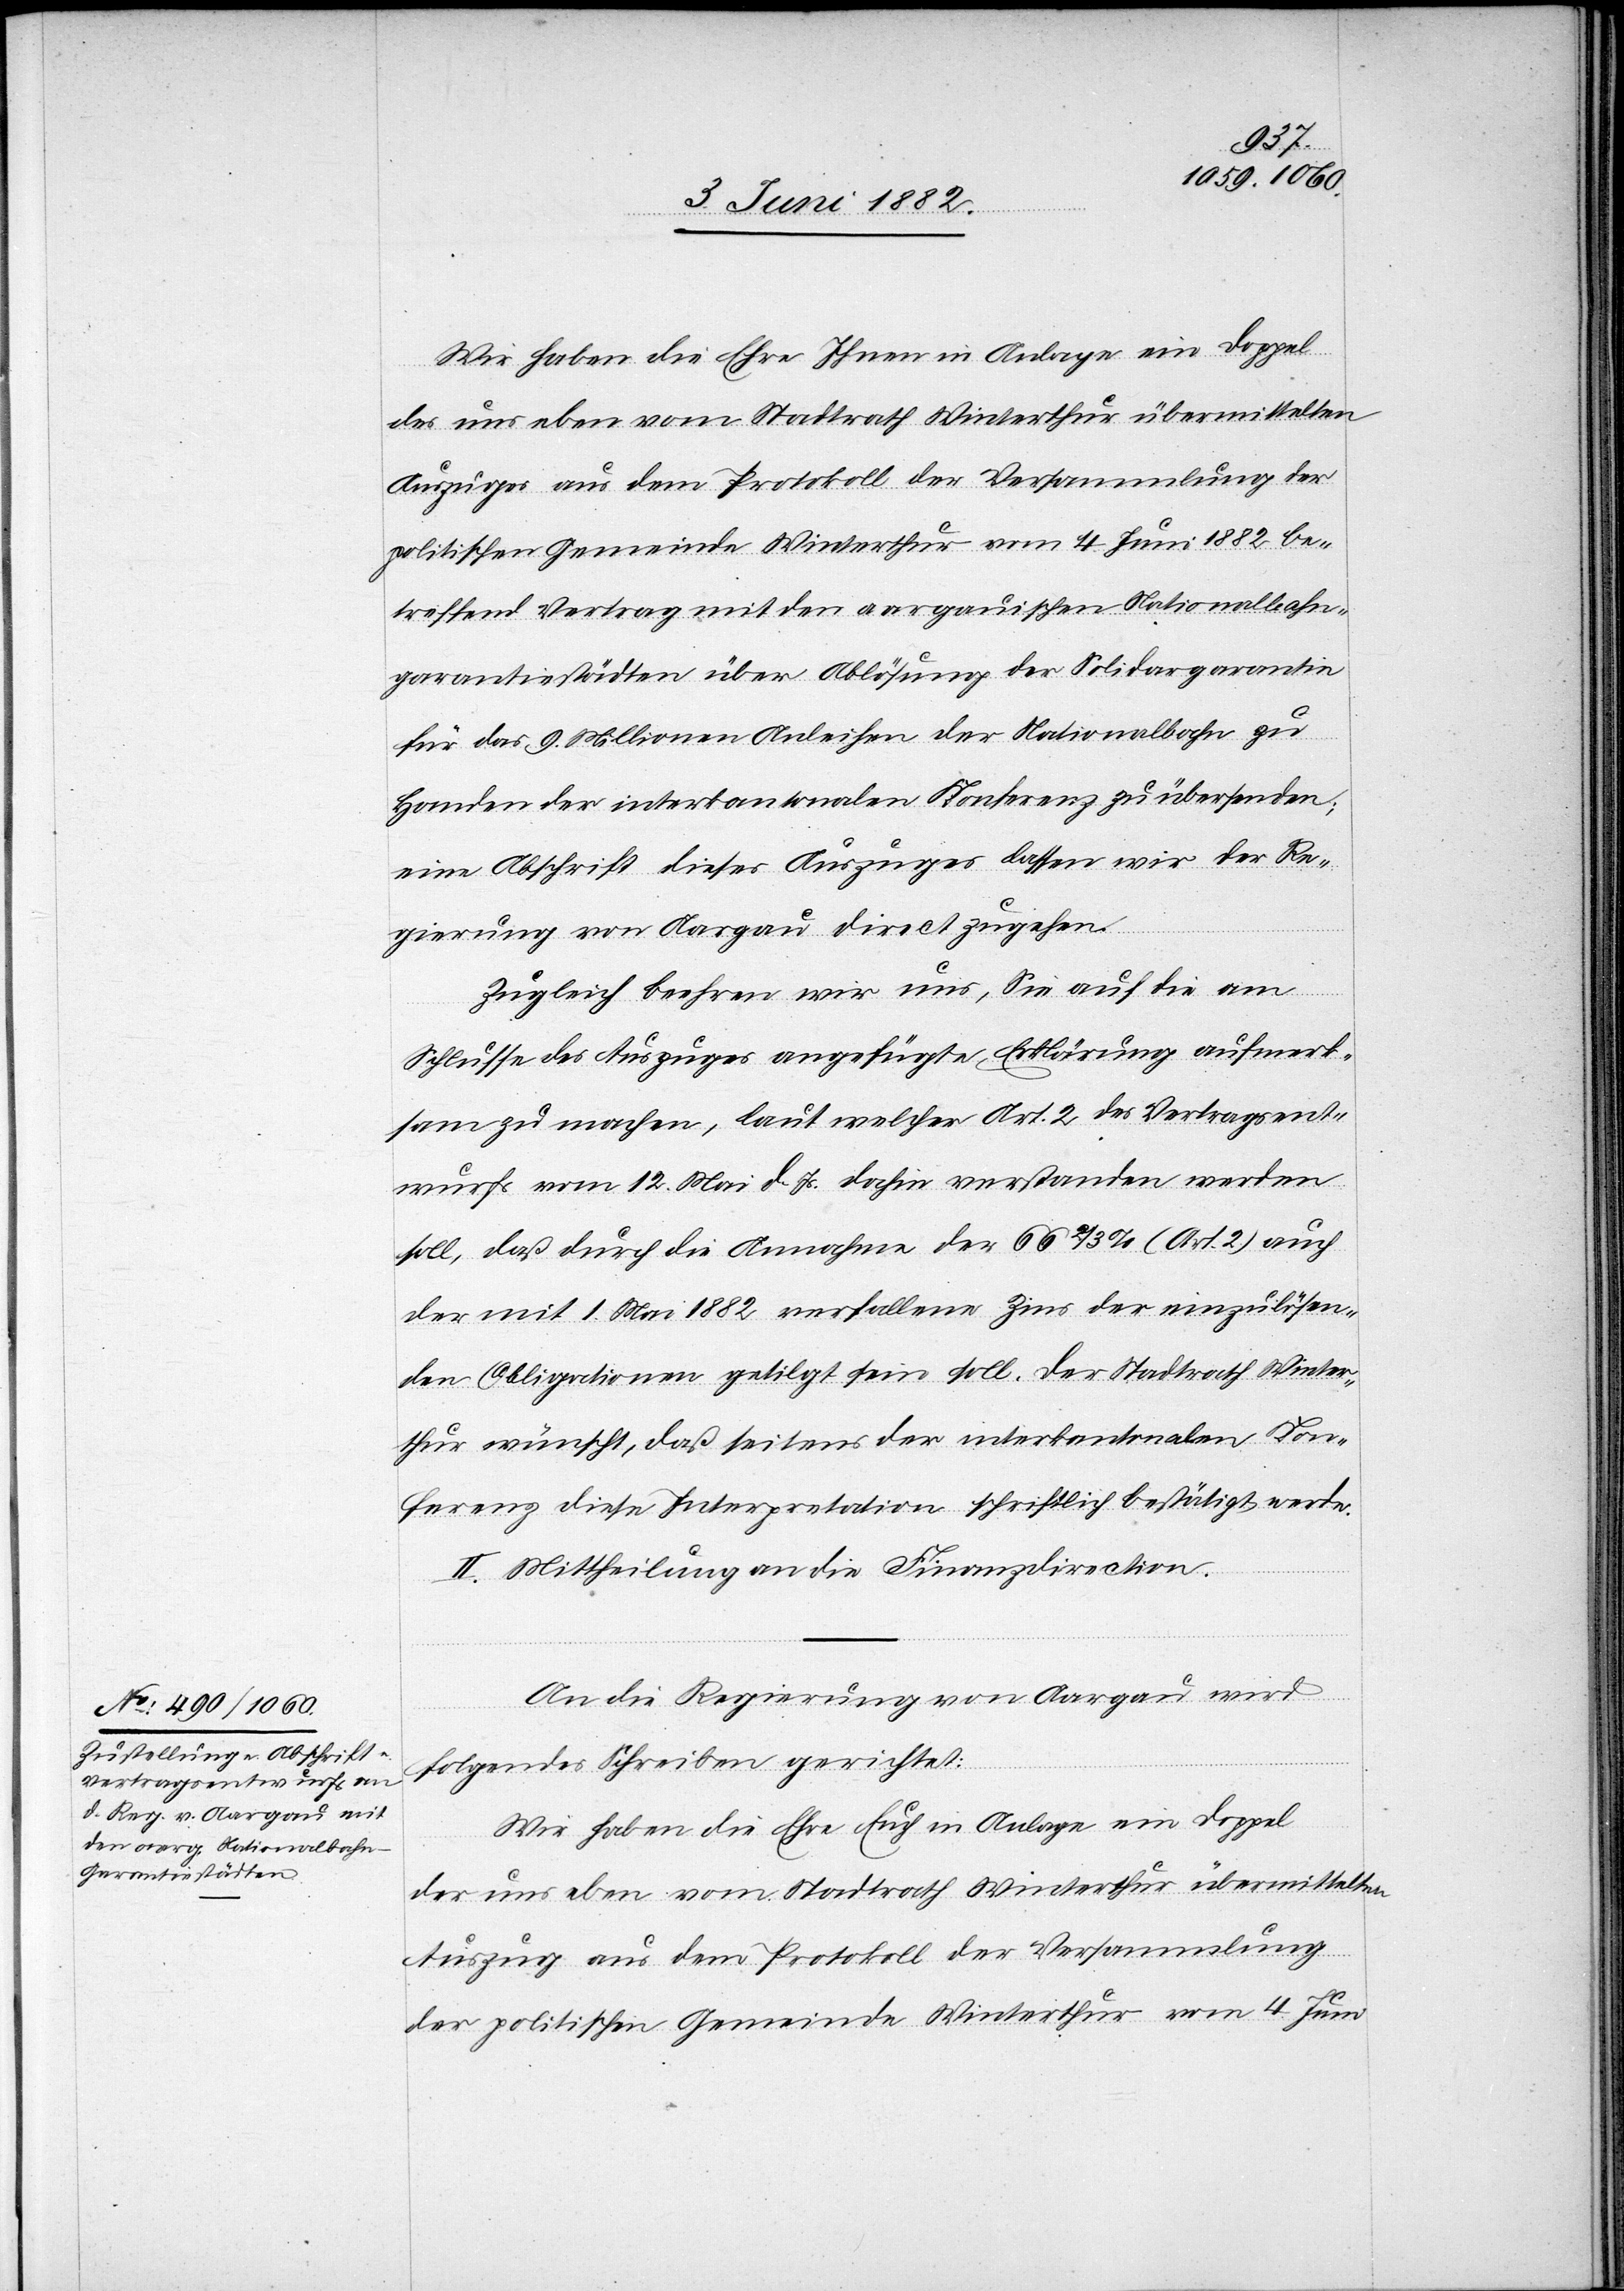
6. Juni 1882.]
Wir habe die Ehre Ihnen in Anlage ein Doppel
der uns eben vom Stadtrath Winterthur übermittelten
Auszuges aus dem Protokoll der Versammlung der
politischen Gemeinde Winterthur vom 4. Juni 1882 be¬
treffend Vertrag mit den aargauischen Nationalbahn¬
garantiestädten über Ablösung der Solidargarantie
für das 9 Millionen Anleihen der Nationalbahn zu
Handen der interkantonalen Konferenz zu übersenden;
eine Abschrift dieses Auszuges lassen wir der Re¬
gierung von Aargau direct zu gehen.
Zugleich beehren wir uns, Sie auf die am
Schlusse des Auszuges angefügte Erklärung aufmerk¬
sam zu machen, laut welcher Art. 2 des Vertragsent¬
wurfs vom 12. Mai d. Js. dahin verstanden werden
soll, daß durch die Annahme der 66 2/3% (Art. 2) auch
der mit 1. Mai 1882 verfallene Zins der einzulösen¬
den Obligationen getilgt sein soll. Der Stadtrath Winter¬
thur wünscht, daß seitens der interkantonalen Kon¬
ferenz diese Interpretation schriftlich bestätigt werde.
II. Mittheilung an die Finanzdirection.
An die Regierung von Aargau wird
folgendes Schreiben gerichtet:
Wir haben die Ehre Euch in Anlage ein Doppel
Auszug aus dem Protokoll der Versammlung
der politischen Gemeinde Winterthur vom 4. Juni